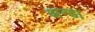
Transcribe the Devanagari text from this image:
अन्डा